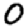
Digit: 0